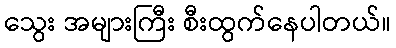
သွေး အများကြီး စီးထွက်နေပါတယ်။